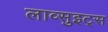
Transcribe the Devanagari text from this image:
लाव्सुइट्स